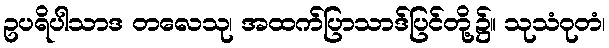
ဥပရိပါသာဒ တလေသု၊ အထက်ပြာသာဒ်ပြင်တို့၌။ သုသံဝုတံ၊